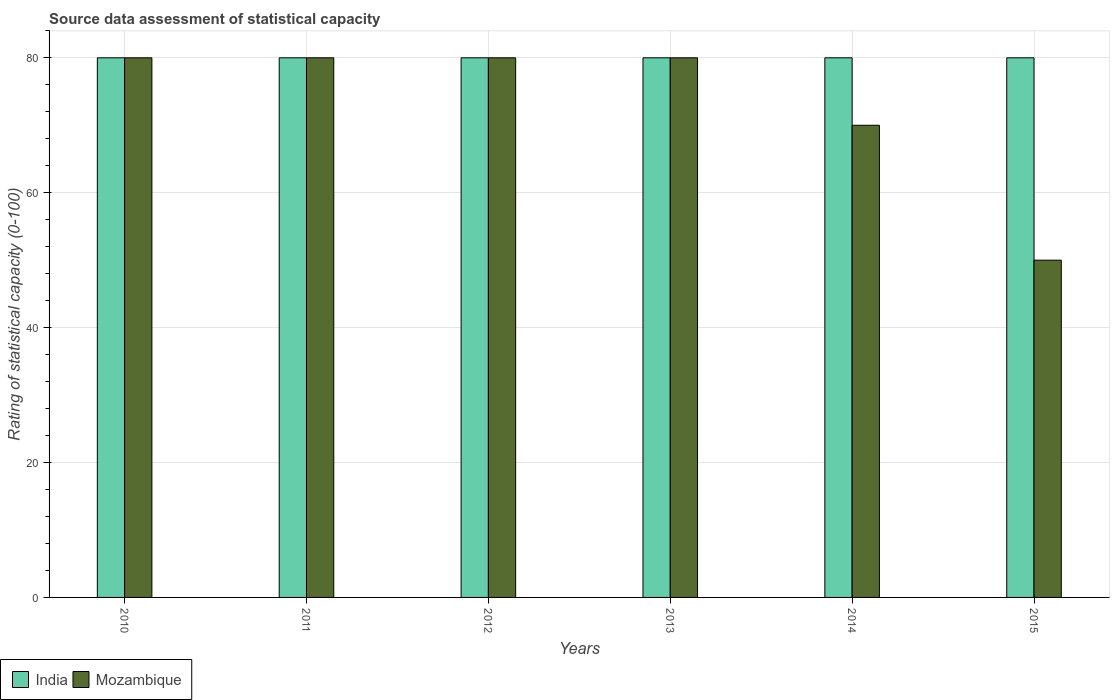
| Years | India | Mozambique |
 | --- | --- | --- |
 | 2010 | 80 | 80 |
 | 2011 | 80 | 80 |
 | 2012 | 80 | 80 |
 | 2013 | 80 | 80 |
 | 2014 | 80 | 70 |
 | 2015 | 80 | 50 |